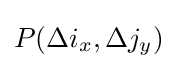
P(\Delta i_{x},\Delta j_{y})